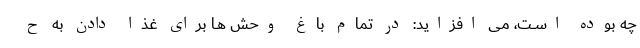
چه بوده اســت، مى افزاید: در تمام باغ وحش هــا براى غذا دادن به ح